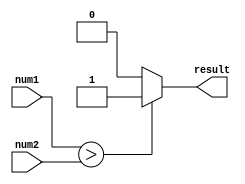
module magnitude_comparator(
    input [7:0] num1,
    input [7:0] num2,
    output reg result
);

always @(*)
 begin
    if(num1 > num2) begin
        result <= 1;
    end else if(num2 > num1) begin
        result <= 0;
    end else begin
        result <= 2; // numbers are equal
    end
end

endmodule